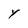
Character: Y